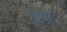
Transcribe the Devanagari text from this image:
धृत्वा